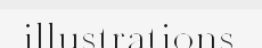
illustrations